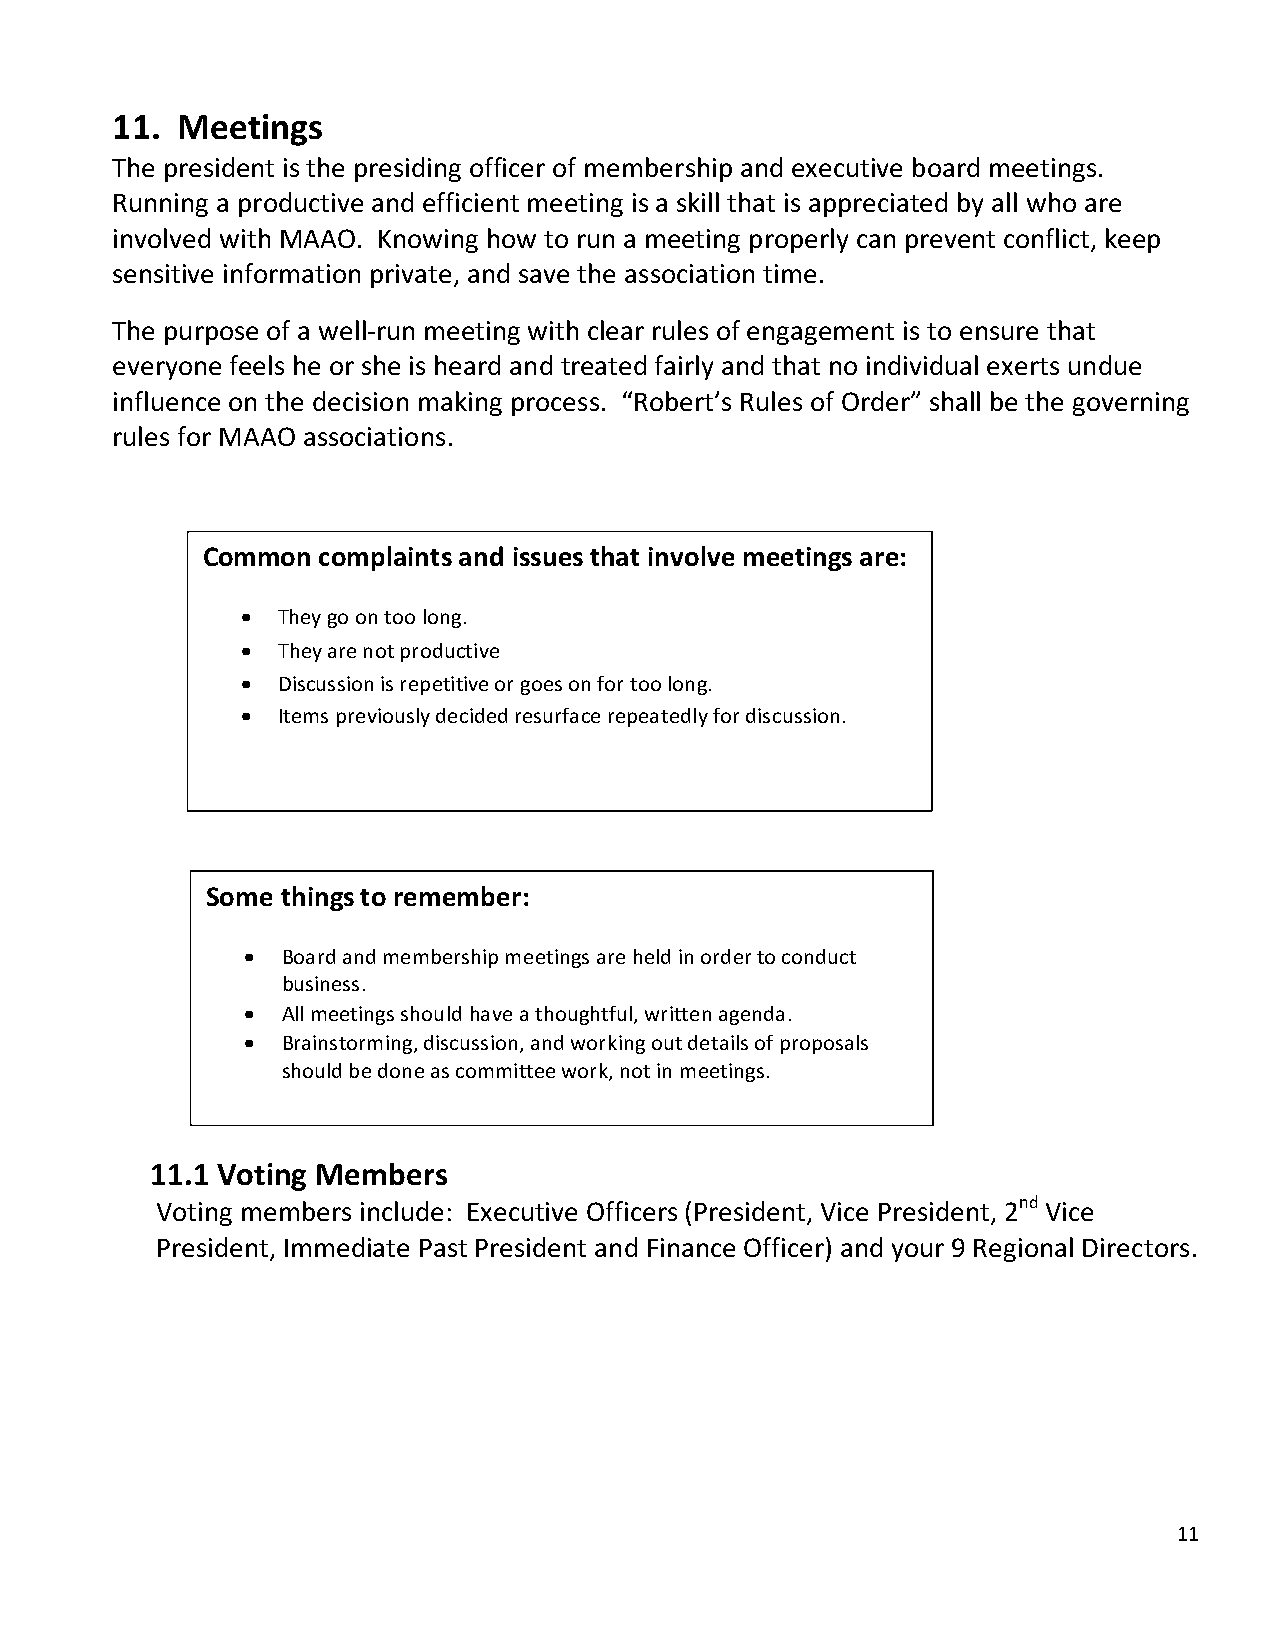
11.  Meetings
 The president is the presiding officer of membership and executive board meetings.
 Running a productive and efficient meeting is a skill that is appreciated by all who are
 involved with MAAO. Knowing how to run a meeting properly can prevent conflict, keep
 sensitive information private, and save the association time.
 The purpose of a well-run meeting with clear rules of engagement is to ensure that
 everyone feels he or she is heard and treated fairly and that no individual exerts undue
 influence on the decision making process. “Robert’s Rules of Order” shall be the governing
 rules for MAAO associations.
 Common  complaints and issues that involve meetings are:
 • They go on too long.
 • They are not productive
 • Discussion is repetitive or goes on for too long.
 • Items previously decided resurface repeatedly for discussion.
 Some things to remember:
 •  Board and membership meetings are held in order to conduct
 business.
 •  All meetings should have a thoughtful, written agenda.
 •  Brainstorming, discussion, and working out details of proposals
 should be done as committee work, not in meetings.
 11.1 Voting Members
 Voting members include: Executive Officers (President, Vice President, 2nd Vice
 President, Immediate Past President and Finance Officer) and your 9 Regional Directors.
 11